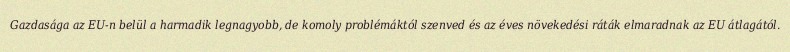
Gazdasága az EU-n belül a harmadik legnagyobb, de komoly problémáktól szenved és az éves növekedési ráták elmaradnak az EU átlagától.